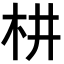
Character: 𣏨